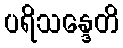
ပရိသန္ဒေတိ